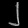
Digit: ၂